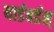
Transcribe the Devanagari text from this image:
यार्डबर्डस्